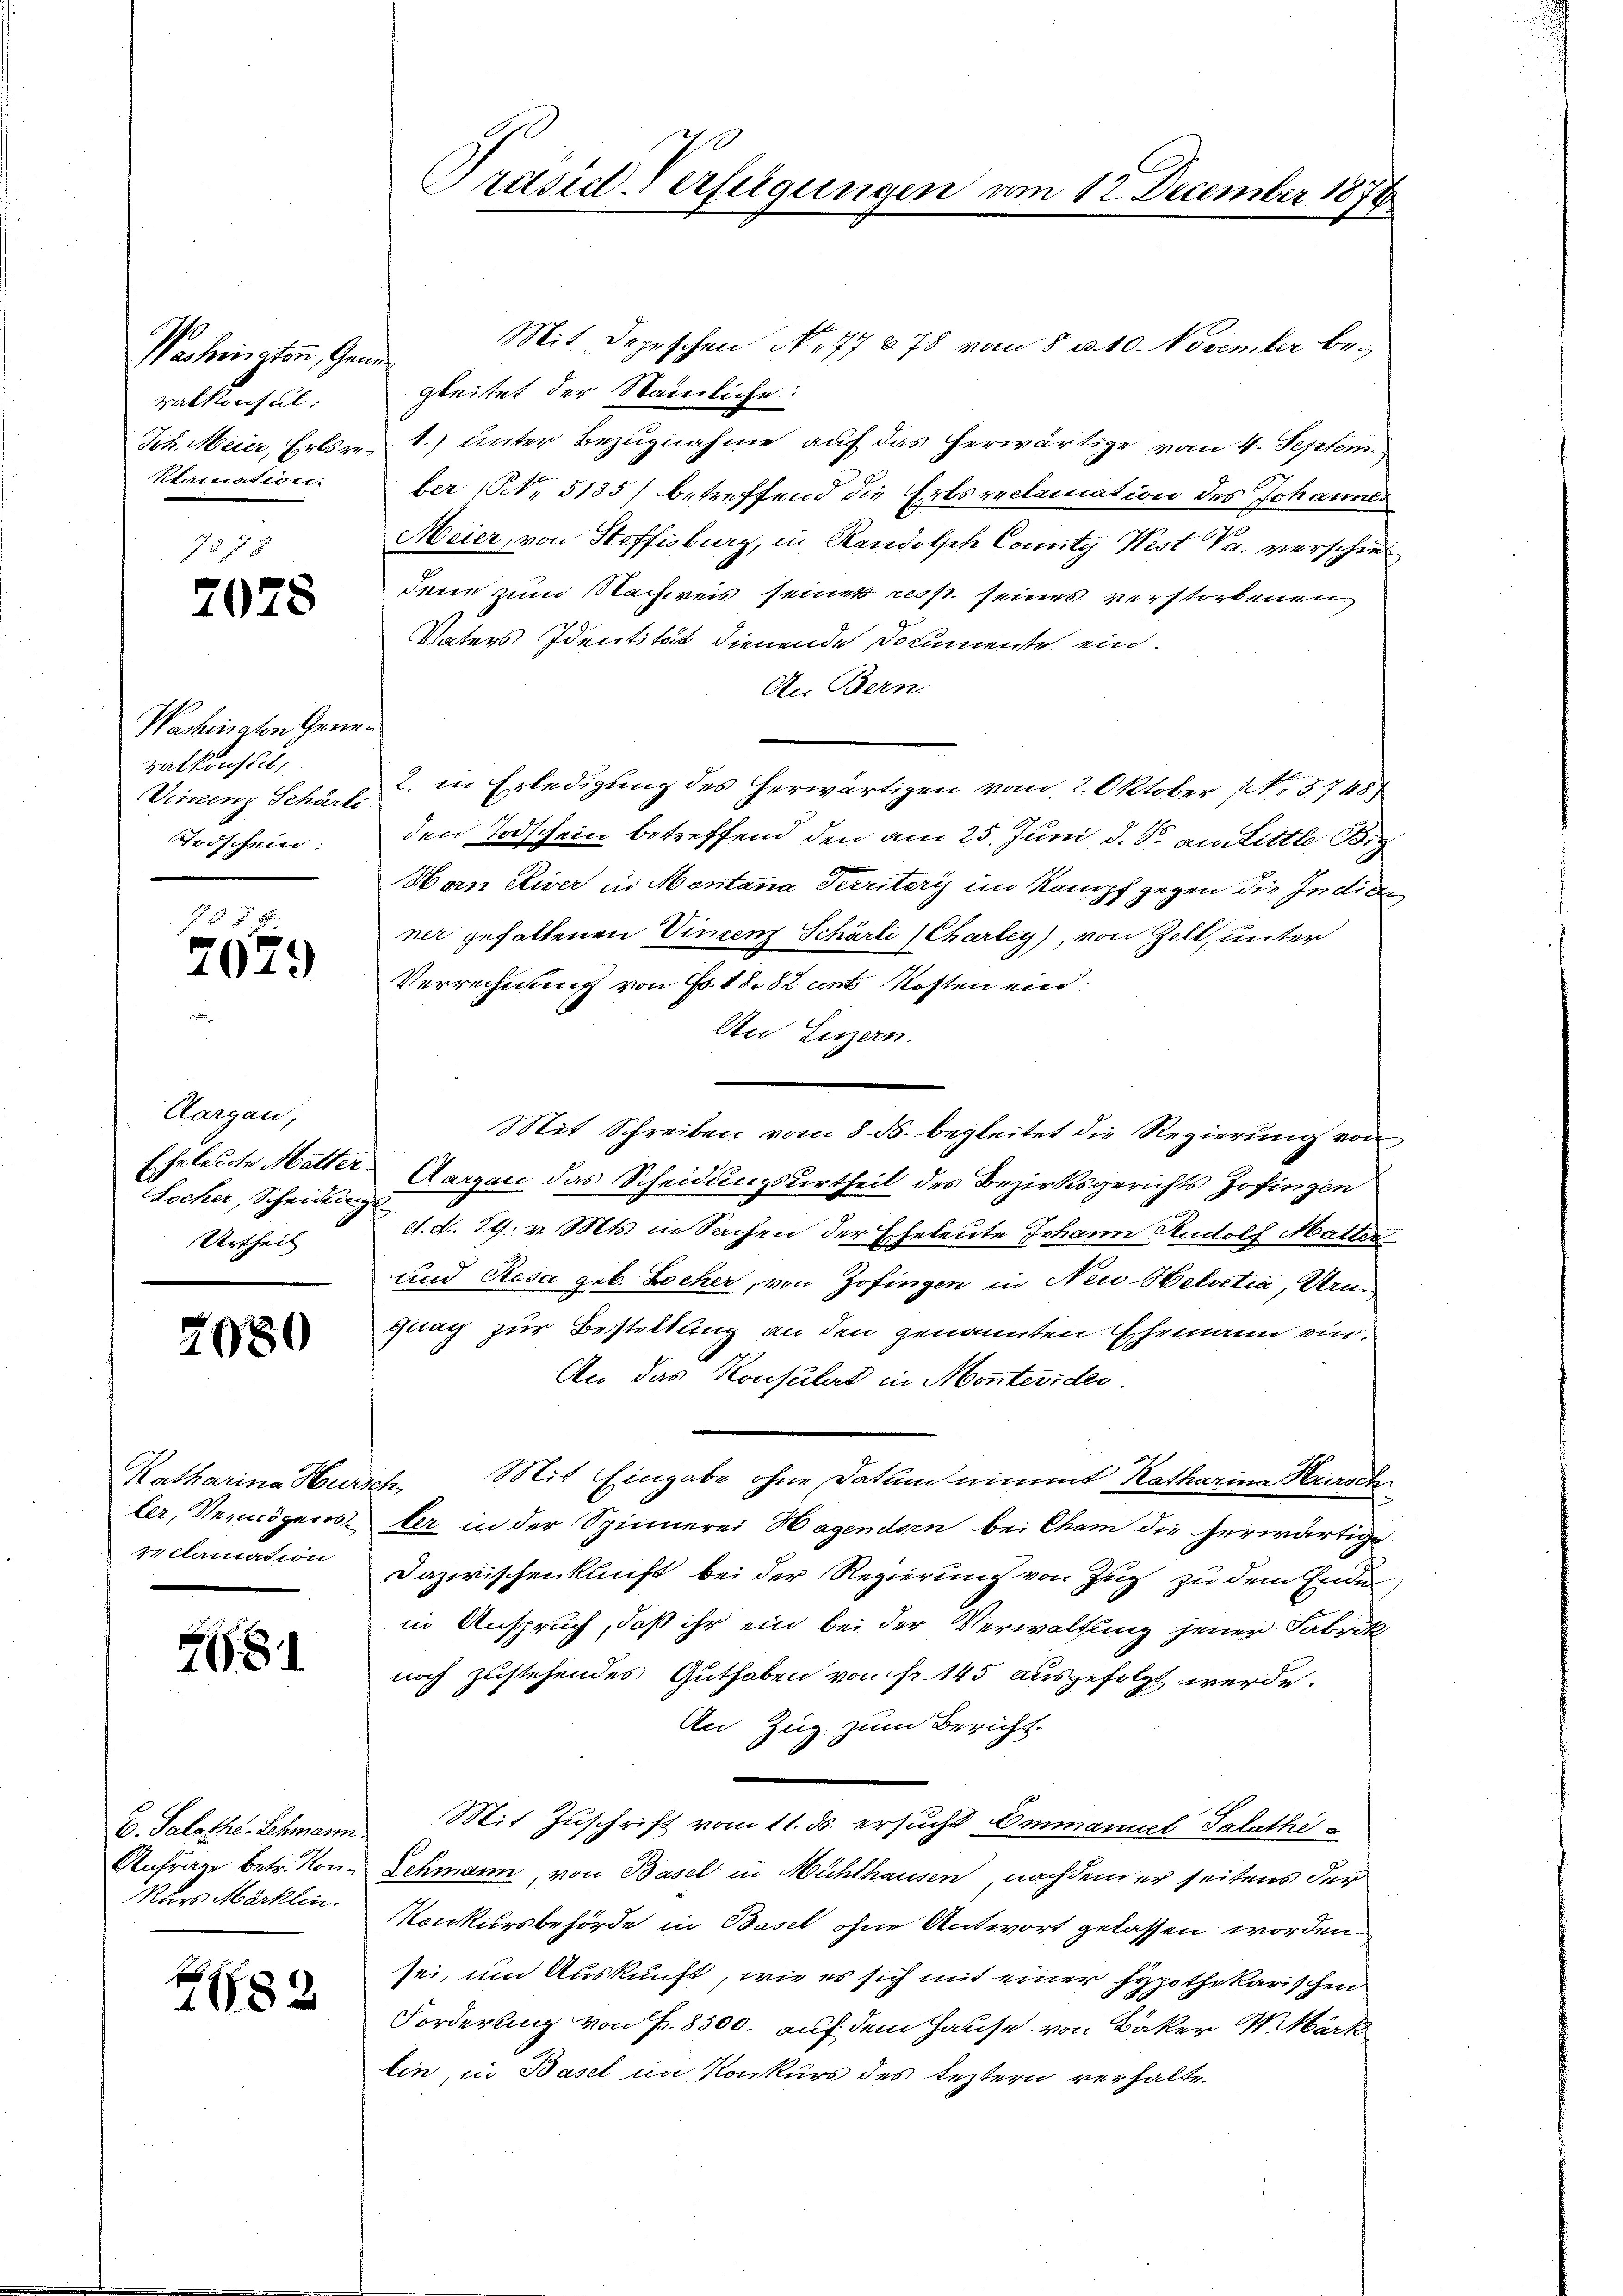
Wackerington, Gen.
ralkonsul
Joh. Meier, Erbsre¬
Staination.

2078

Wachinaten Generalkonstet,
Vinzenz Schärti
Rodschein:

15 § 7
2029

Aargau,
Eheleute Matter.
Locher, Scheidung
Urtheil

2080

Katharina Hur.
ler, Vermögens
cclamation

81

C. Salothe-Lehmann.
Anfrage betr. Kon¬
Nurs Märklin.

f
1682

Präsid. Verfügungen v.

Mit Depeschen No. 77878 von 8 u. 10. November bef
gleitet der Stämmliche:
1) unter Bezugnahme auf das herwärtige vom 4. Septem
ber (S. 5135) betreffend die Erbsreclamation des Johannes
Meier, von Steffisburg, in Randolsche County West Va. verschie
denen zum Nachweis seines resst seines verstorbenen
Vaters Identität dienende Documente ein.
An Bern.
2. in Erledigung des herwärtigen vom 2. Oktober 1. 5748
den Todschein betreffend den am 25. Juni d. J. an Little Bi
Harn Eier in Montana Territeri im Kampf gegen die Indige
ner gefallenen Vincenz Schärli (Chartey) von Zell, unter
Verrechnung von No. 1882 ents Kosten ein¬
An Luzern.
Mit Schreiben vom 8. ds. begleitet die Regierung von
Aargau das Scheidungsurtheil des Bezirksgerichts Zofingen
d. d. 29. v. Mts. in Sachen der Eheleute Johann Rudolf Matter
und Resa geb. Bocher, von Zofingen in Neu- Helvetia, Arne
quay zur Bestellung an den genannten Ehemann ein¬
An das Konsulat in Montevider.
rte. Mit Eingabe ohne Datum nimmt Katharina Hursch
ler in der Spinnerei Hagendorn bei Cham die herwärtige
Dazwischenkunft bei der Regierung von Zug zu dem Ende
in Anspruch, daß ihr ein bei der Verwaltung jener Fabrik
noch zustehendes Guthaben von fr. 145 ausgefolgt werde.
An Zug zum Bericht.
Mit Zuschrift vom 11. ds. ersucht Emmanuel Salathi
Lehmann, von Basel in Mühlhausen nachdem er seitens der
Konkursbehörde in Basel ohne Antwort gelassen worden
sei, und Auskunft, wie es sich mit einer Hypothekarischen
Forderung von P. 8500. auf dem Hause von Baker W. Märk
lin, in Basel im Konkurs des leztern verhalte

am 12. December 1878